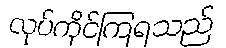
လုပ်ကိုင်ကြရသည်